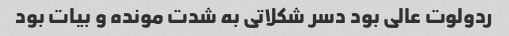
ردولوت عالی بود دسر شکلاتی به شدت مونده و بیات بود